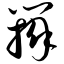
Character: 辩